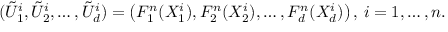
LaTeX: ( { \tilde { U } } _ { 1 } ^ { i } , { \tilde { U } } _ { 2 } ^ { i } , \dots , { \tilde { U } } _ { d } ^ { i } ) = \left( F _ { 1 } ^ { n } ( X _ { 1 } ^ { i } ) , F _ { 2 } ^ { n } ( X _ { 2 } ^ { i } ) , \dots , F _ { d } ^ { n } ( X _ { d } ^ { i } ) \right) , \, i = 1 , \dots , n .